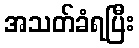
အသတ်ခံရပြီး